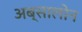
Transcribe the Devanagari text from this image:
अब्सालोन